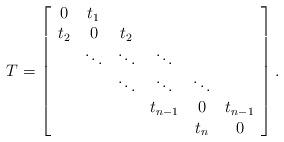
LaTeX: \begin{align*}T=\left[\begin{array}{cccccc}0 & t_{1}\\t_{2} & 0 & t_{2}\\ & \ddots & \ddots & \ddots\\ & & \ddots & \ddots & \ddots\\ & & & t_{n-1} & 0 & t_{n-1}\\ & & & & t_{n} & 0\end{array}\right].\end{align*}